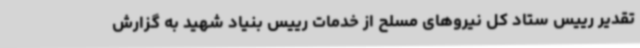
تقدیر رییس ستاد کل نیروهای مسلح از خدمات رییس بنیاد شهید به گزارش